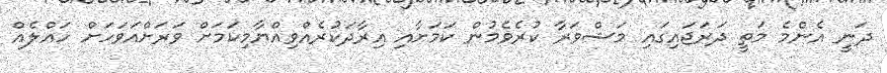
ދަނީ އެންމެ މަތީ ދަރަޖައިގައި މަޝްވަރާ ކުރެވެމުން ކަމަށާއި އިރާދަކުރެއްވިއްޔާމިކަމަށް ވަރަށްއަވަހަށް ހައްލެއް